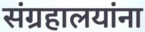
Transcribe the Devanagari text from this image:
संग्रहालयांना